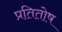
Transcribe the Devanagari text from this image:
प्रतितोष